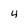
Character: 4